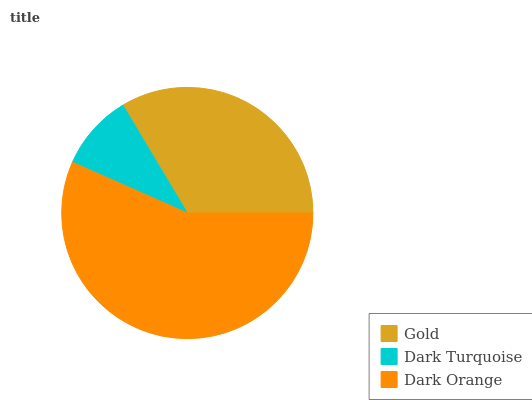
| Gold | Dark Turquoise | Dark Orange |
 | --- | --- | --- |
 | 33.6% | 9.8% | 56.6% |